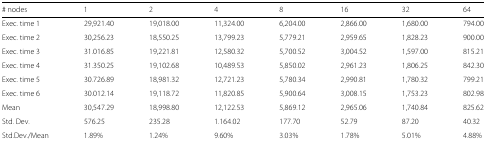
<table><thead><tr><td><b># nodes</b></td><td><b>1</b></td><td><b>2</b></td><td><b>4</b></td><td><b>8</b></td><td><b>16</b></td><td><b>32</b></td><td><b>64</b></td></tr></thead><tbody><tr><td>Exec. time 1</td><td>29,921.40</td><td>19,018.00</td><td>11,324.00</td><td>6,204.00</td><td>2,866.00</td><td>1,680.00</td><td>794.00</td></tr><tr><td>Exec. time 2</td><td>30,256.23</td><td>18,550.25</td><td>13,799.23</td><td>5,779.21</td><td>2,959.65</td><td>1,828.23</td><td>900.00</td></tr><tr><td>Exec. time 3</td><td>31.016.85</td><td>19,221.81</td><td>12,580.32</td><td>5,700.52</td><td>3,004.52</td><td>1,597.00</td><td>815.21</td></tr><tr><td>Exec. time 4</td><td>31.350.25</td><td>19,102.68</td><td>10,489.53</td><td>5,850.02</td><td>2,961.23</td><td>1,806.25</td><td>842.30</td></tr><tr><td>Exec. time 5</td><td>30.726.89</td><td>18,981.32</td><td>12,721.23</td><td>5,780.34</td><td>2,990.81</td><td>1,780.32</td><td>799.21</td></tr><tr><td>Exec. time 6</td><td>30.012.14</td><td>19,118.72</td><td>11,820.85</td><td>5,900.64</td><td>3,008.15</td><td>1,753.23</td><td>802.98</td></tr><tr><td>Mean</td><td>30,547.29</td><td>18,998.80</td><td>12,122.53</td><td>5,869.12</td><td>2,965.06</td><td>1,740.84</td><td>825.62</td></tr><tr><td>Std. Dev.</td><td>576.25</td><td>235.28</td><td>1.164.02</td><td>177.70</td><td>52.79</td><td>87.20</td><td>40.32</td></tr><tr><td>Std.Dev./Mean</td><td>1.89%</td><td>1.24%</td><td>9.60%</td><td>3.03%</td><td>1.78%</td><td>5.01%</td><td>4.88%</td></tr></tbody></table>